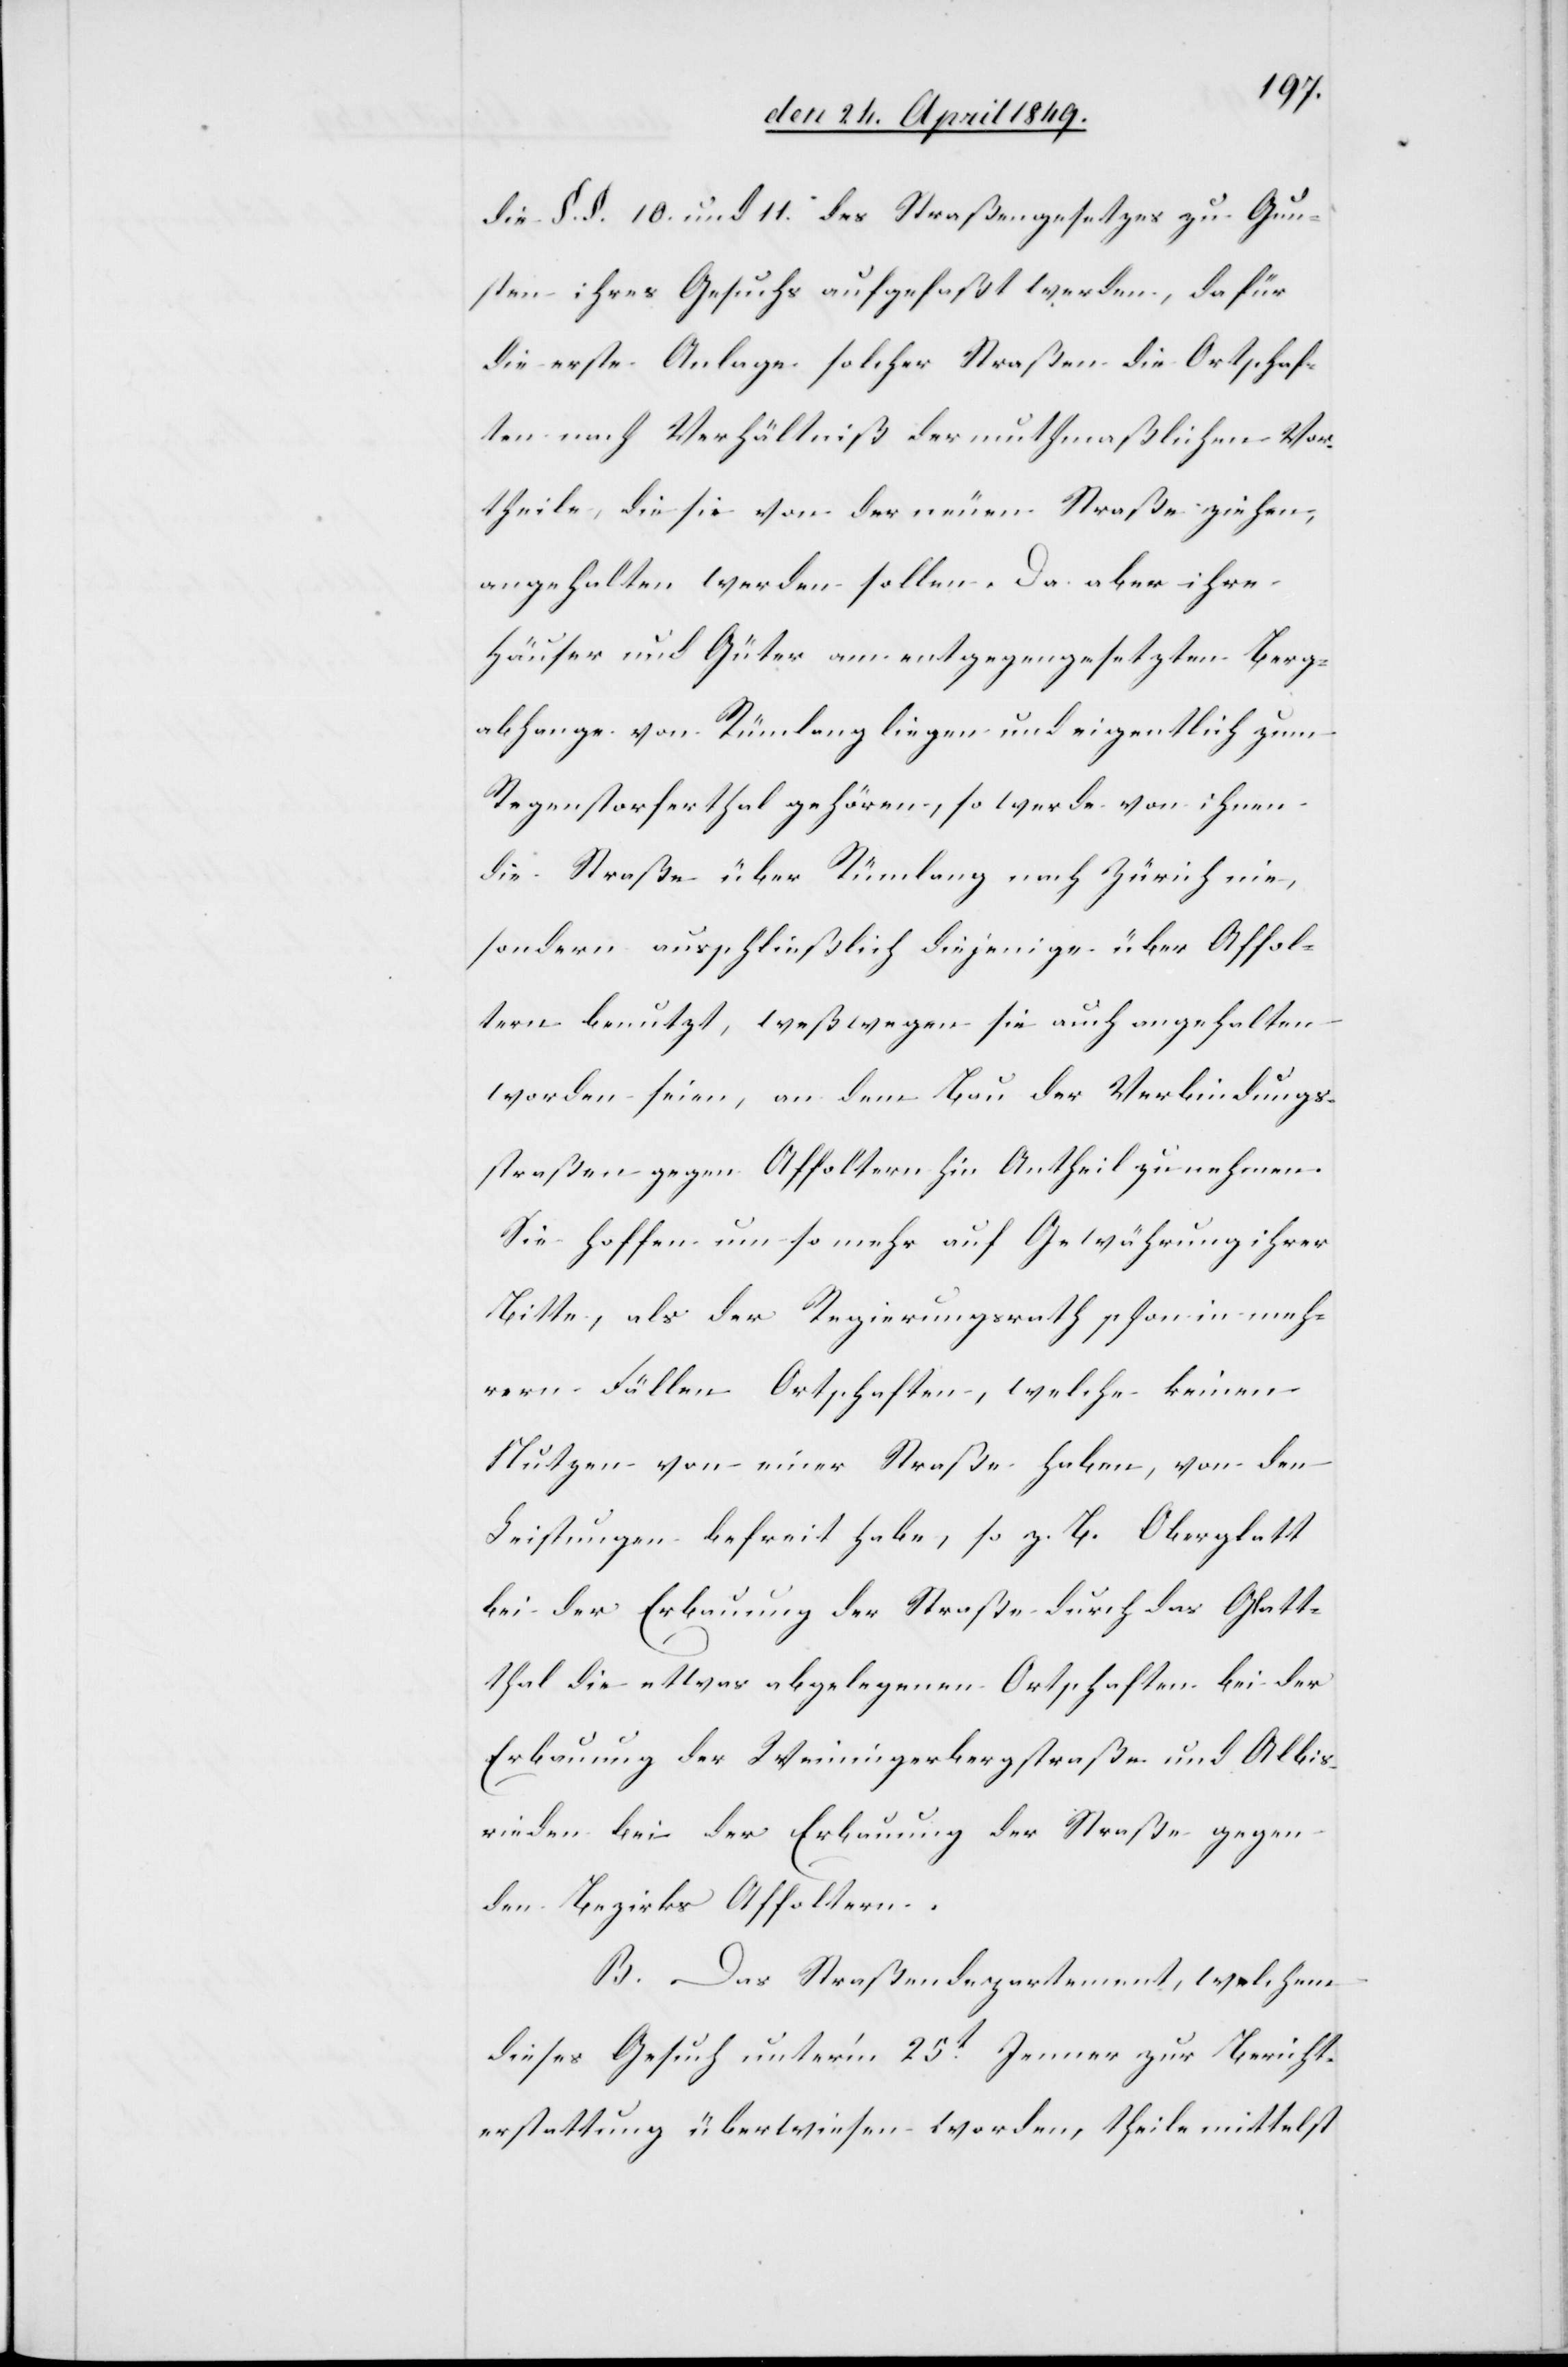
die §. §. 10. und 11. des Straßengesetzes zu Gun¬
sten ihres Gesuchs aufgefaßt werden, dafür
die erste Anlage solcher Straßen die Ortschaf¬
ten nach Verhältniß der muthmaßlichen Vor¬
theile, die sie von der neuen Straße ziehen,
angehalten werden sollen. Da aber ihre
Häuser und Güter am entgegengesetzten Berg¬
abhange von Rümlang liegen und eigentlich zum
Regenstorferthal gehören, so werde von ihnen
die Straße über Rümlang nach Zürich nie,
sondern ausschließlich diejenige über Affol¬
tern benutzt, weßwegen sie auch angehalten
worden seien, an dem Bau der Verbindungs¬
straße gegen Affoltern hin Antheil zu nehmen.
Sie hoffen um so mehr auf Gewährung ihrer
Bitte, als der Regierungsrath schon in meh¬
rern Fällen Ortschaften, welche keinen
Nutzen von einer Straße haben, von den
Leistungen befreit habe, so z. B. Oberglatt
bei der Erbauung der Straße durch das Glatt¬
thal die etwas abgelegenen Ortschaften bei der
Erbauung der Weiningerbergstraße und Albis¬
rieden bei der Erbauung der Straße gegen
den Bezirks Affoltern.
B. Das Straßendepartement, welchem
dieses Gesuch unter’m 25t Jenner zur Bericht¬
erstattung überwiesen worden, theile mittelst